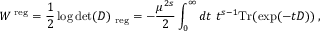
W ^ { \mathrm { \scriptsize ~ r e g } } = \frac 1 2 \log \operatorname * { d e t } ( D ) _ { \mathrm { \scriptsize ~ r e g } } = - \frac { \mu ^ { 2 s } } { 2 } \int _ { 0 } ^ { \infty } d t ~ t ^ { s - 1 } \mathrm { T r } ( \exp ( - t D ) ) \, ,